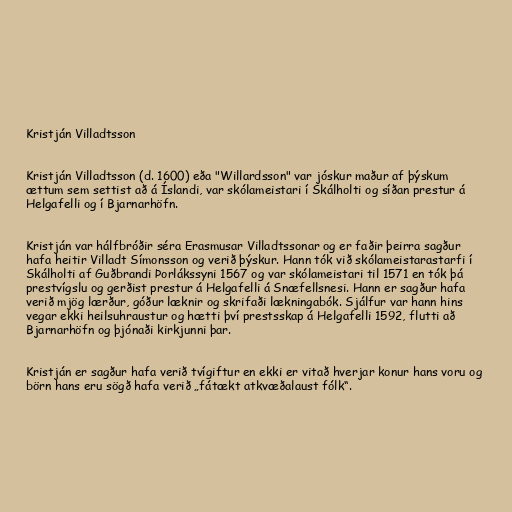
Kristján Villadtsson

Kristján Villadtsson (d. 1600) eða "Willardsson" var jóskur maður af þýskum
ættum sem settist að á Íslandi, var skólameistari í Skálholti og síðan prestur á
Helgafelli og í Bjarnarhöfn.

Kristján var hálfbróðir séra Erasmusar Villadtssonar og er faðir þeirra sagður
hafa heitir Villadt Símonsson og verið þýskur. Hann tók við skólameistarastarfi í
Skálholti af Guðbrandi Þorlákssyni 1567 og var skólameistari til 1571 en tók þá
prestvígslu og gerðist prestur á Helgafelli á Snæfellsnesi. Hann er sagður hafa
verið mjög lærður, góður læknir og skrifaði lækningabók. Sjálfur var hann hins
vegar ekki heilsuhraustur og hætti því prestsskap á Helgafelli 1592, flutti að
Bjarnarhöfn og þjónaði kirkjunni þar.

Kristján er sagður hafa verið tvígiftur en ekki er vitað hverjar konur hans voru og
börn hans eru sögð hafa verið „fátækt atkvæðalaust fólk“.